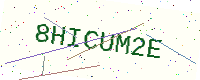
Text: 8HICUM2E